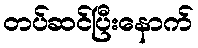
တပ်ဆင်ပြီးနောက်